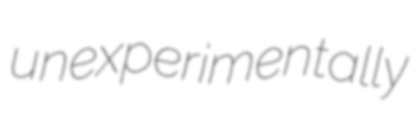
unexperimentally